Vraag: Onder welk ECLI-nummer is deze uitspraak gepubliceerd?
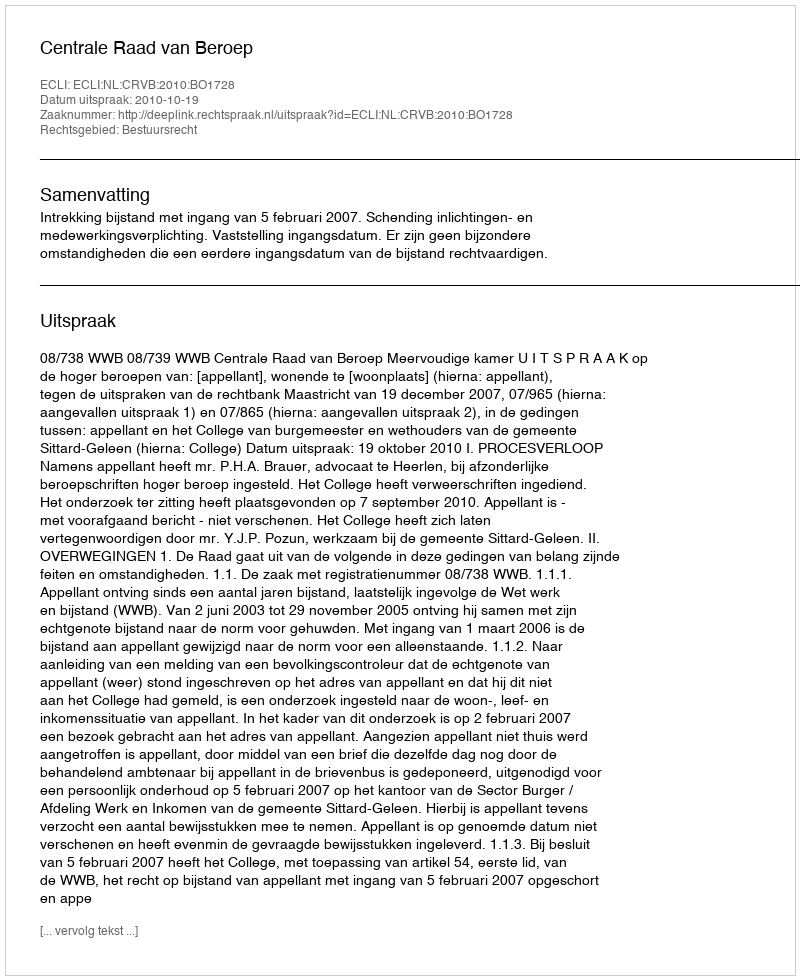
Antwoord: ECLI:NL:CRVB:2010:BO1728